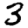
Digit: 3